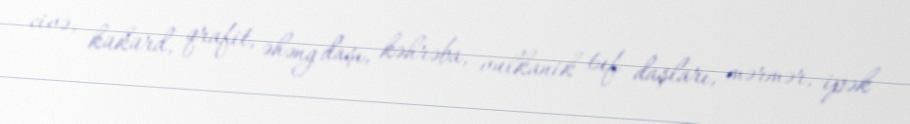
civə, kükürd, qrafit, əhəng daşı, kəhrəba, vulkanik tuf daşları, mərmər, ipək